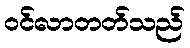
ဝင်လာတတ်သည်